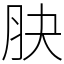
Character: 䏐